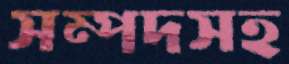
সম্পদসহ